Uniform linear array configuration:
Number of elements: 12
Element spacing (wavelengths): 0.75
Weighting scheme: uniform
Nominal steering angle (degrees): -15
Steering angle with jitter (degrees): -14.559
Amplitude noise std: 0.05
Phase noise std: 0.05

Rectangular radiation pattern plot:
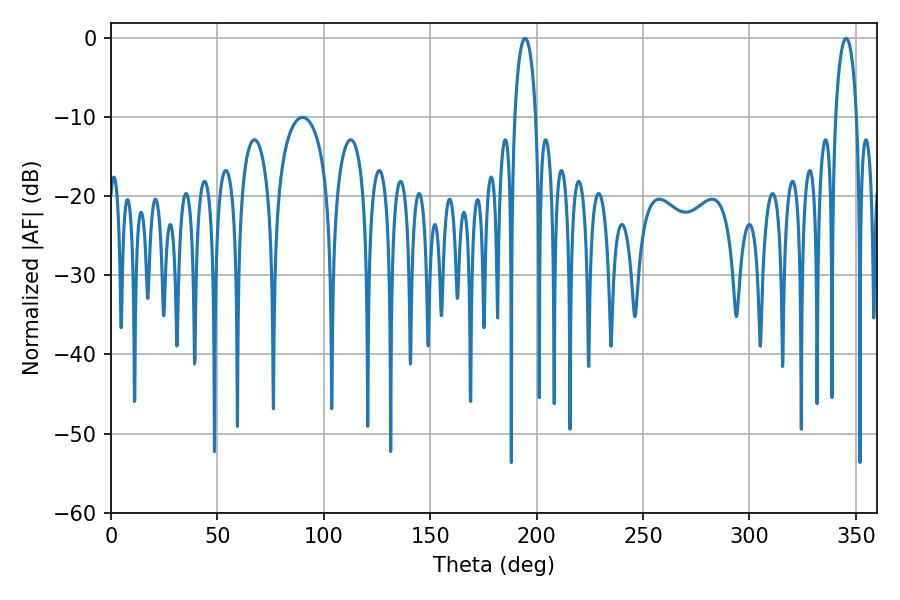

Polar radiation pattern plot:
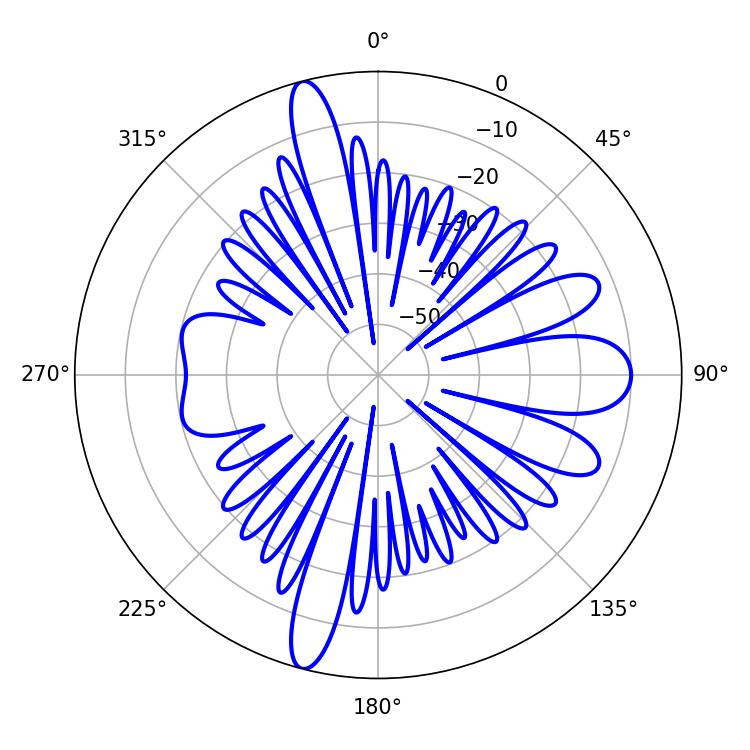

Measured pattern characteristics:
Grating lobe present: TRUE
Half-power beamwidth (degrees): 5.76
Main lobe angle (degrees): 194.58